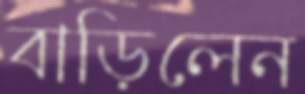
বাড়িলেন